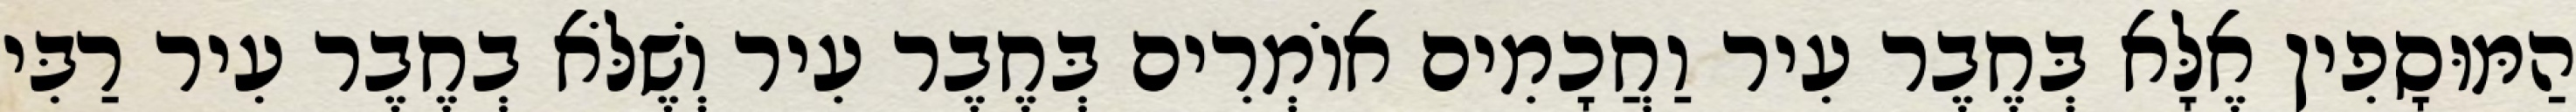
הַמּוּסָפִין אֶלָּא בְּחֶבֶר עִיר וַחֲכָמִים אוֹמְרִים בְּחֶבֶר עִיר וְשֶׁלֹּא בְחֶבֶר עִיר רַבִּי